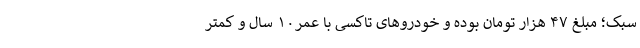
سبک؛ مبلغ ۴۷ هزار تومان بوده و خودروهای تاکسی با عمر۱۰ سال و کمتر